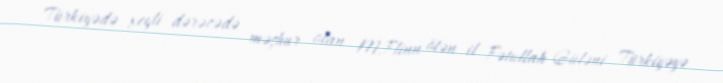
Türkiyədə xeyli dərəcədə məşhur olan M.Flinn ötən il Fətullah Güləni Türkiyəyə